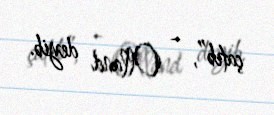
çatıb”, - Olland deyib.